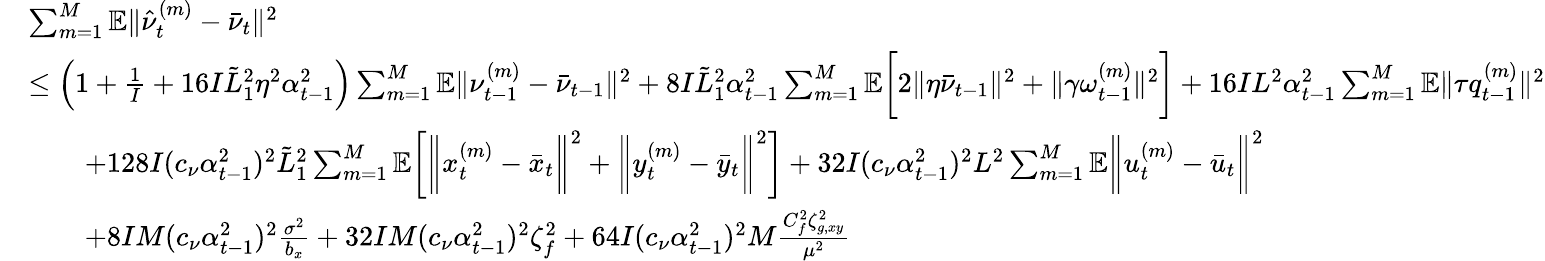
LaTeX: \begin{array}{rl}&{\sum_{m=1}^{M}\mathbb{E}\| \hat{\nu}_{t}^{(m)}-\bar{\nu}_{t}\| ^{2}}\\ &{\leq\left(1+\frac{1}{I}+16I\tilde{L}_{1}^{2}\eta^{2}\alpha_{t-1}^{2}\right)\sum_{m=1}^{M}\mathbb{E}\| \nu_{t-1}^{(m)}-\bar{\nu}_{t-1}\| ^{2}+8I\tilde{L}_{1}^{2}\alpha_{t-1}^{2}\sum_{m=1}^{M}\mathbb{E}\bigg[2\| \eta\bar{\nu}_{t-1}\| ^{2}+\| \gamma\omega_{t-1}^{(m)}\| ^{2}\bigg]+16IL^{2}\alpha_{t-1}^{2}\sum_{m=1}^{M}\mathbb{E}\| \tau q_{t-1}^{(m)}\| ^{2}}\\ &{\qquad+128I(c_{\nu}\alpha_{t-1}^{2})^{2}\tilde{L}_{1}^{2}\sum_{m=1}^{M}\mathbb{E}\bigg[\bigg\| x_{t}^{(m)}-\bar{x}_{t}\bigg\| ^{2}+\bigg\| y_{t}^{(m)}-\bar{y}_{t}\bigg\| ^{2}\bigg]+32I(c_{\nu}\alpha_{t-1}^{2})^{2}L^{2}\sum_{m=1}^{M}\mathbb{E}\bigg\| u_{t}^{(m)}-\bar{u}_{t}\bigg\| ^{2}}\\ &{\qquad+8IM(c_{\nu}\alpha_{t-1}^{2})^{2}\frac{\sigma^{2}}{b_{x}}+32IM(c_{\nu}\alpha_{t-1}^{2})^{2}\zeta_{f}^{2}+64I(c_{\nu}\alpha_{t-1}^{2})^{2}M\frac{C_{f}^{2}\zeta_{g,xy}^{2}}{\mu^{2}}}\end{array}